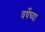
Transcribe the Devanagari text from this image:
वर्षेच्या